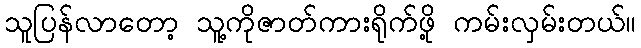
သူပြန်လာတော့ သူ့ကိုဇာတ်ကားရိုက်ဖို့ ကမ်းလှမ်းတယ်။